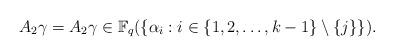
LaTeX: \begin{align*}A_2 \gamma = A_2 \gamma \in \mathbb{F}_q(\{\alpha_i: i\in\{1,2,\dots,k-1\} \setminus\{j\}\}).\end{align*}